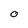
Character: O